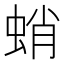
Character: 蛸